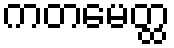
ကတမေတ္ထ